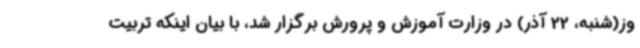
وز(شنبه، 22 آذر) در وزارت آموزش و پرورش برگزار شد، با بیان اینکه تربیت